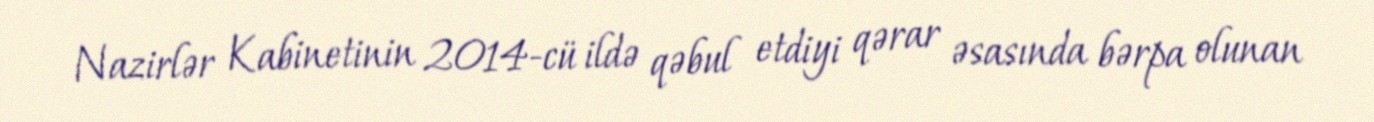
Nazirlər Kabinetinin 2014-cü ildə qəbul etdiyi qərar əsasında bərpa olunan